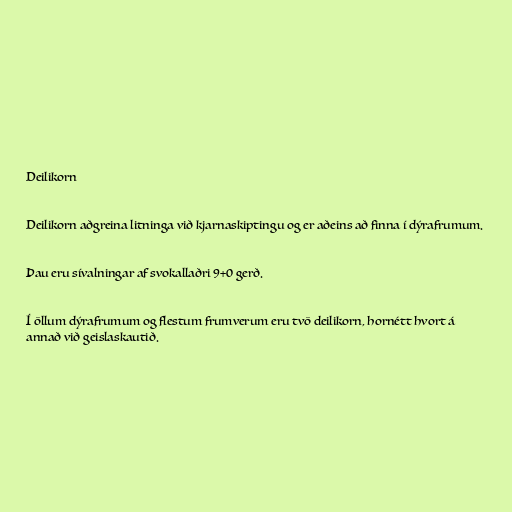
Deilikorn

Deilikorn aðgreina litninga við kjarnaskiptingu og er aðeins að finna í dýrafrumum.

Þau eru sívalningar af svokallaðri 9+0 gerð.

Í öllum dýrafrumum og flestum frumverum eru tvö deilikorn, hornétt hvort á
annað við geislaskautið.